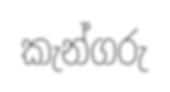
කැන්ගරු